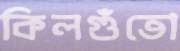
কিলগুঁতো